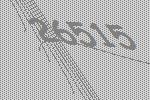
26515